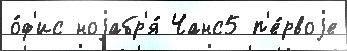
о́ф'ис ноjабр'я́ Чанс5 п'е́рвоjе